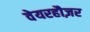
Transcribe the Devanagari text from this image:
वेयरहौज़र